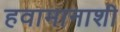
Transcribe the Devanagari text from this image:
हवामानाशी